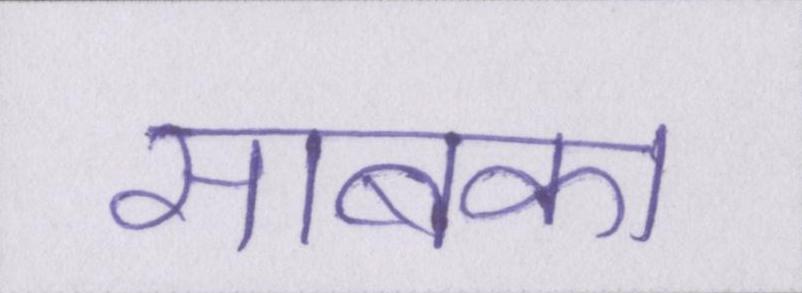
साबका